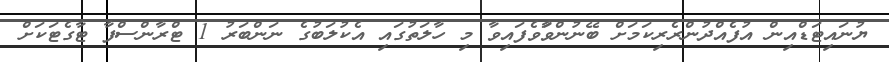
ޔުނައިޓަޑްއިން އުފެއްދުންރެރިކަމަށް ބޭނުންވާަވެފައިވާ މި ހާލަތުގައި އެކުލަބުގެ ނަންބަރު 1 ޓްރާންސްފާ ޓާގެޓަކަށް